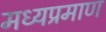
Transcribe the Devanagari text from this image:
मध्यप्रमाण